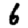
Digit: 6